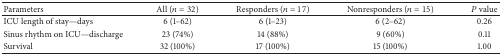
<table><thead><tr><td><b>Parameters</b></td><td><b>All (<i>n</i> = 32)</b></td><td><b>Responders (<i>n</i> = 17)</b></td><td><b>Nonresponders (<i>n</i> = 15)</b></td><td><b><i>P</i> value</b></td></tr></thead><tbody><tr><td>ICU length of stay—days</td><td>6 (1–62)</td><td>6 (1–23)</td><td>6 (2–62)</td><td>0.26</td></tr><tr><td>Sinus rhythm on ICU—discharge</td><td>23 (74%)</td><td>14 (88%)</td><td>9 (60%)</td><td>0.11</td></tr><tr><td>Survival </td><td>32 (100%)</td><td>17 (100%)</td><td>15 (100%)</td><td>1.00</td></tr></tbody></table>